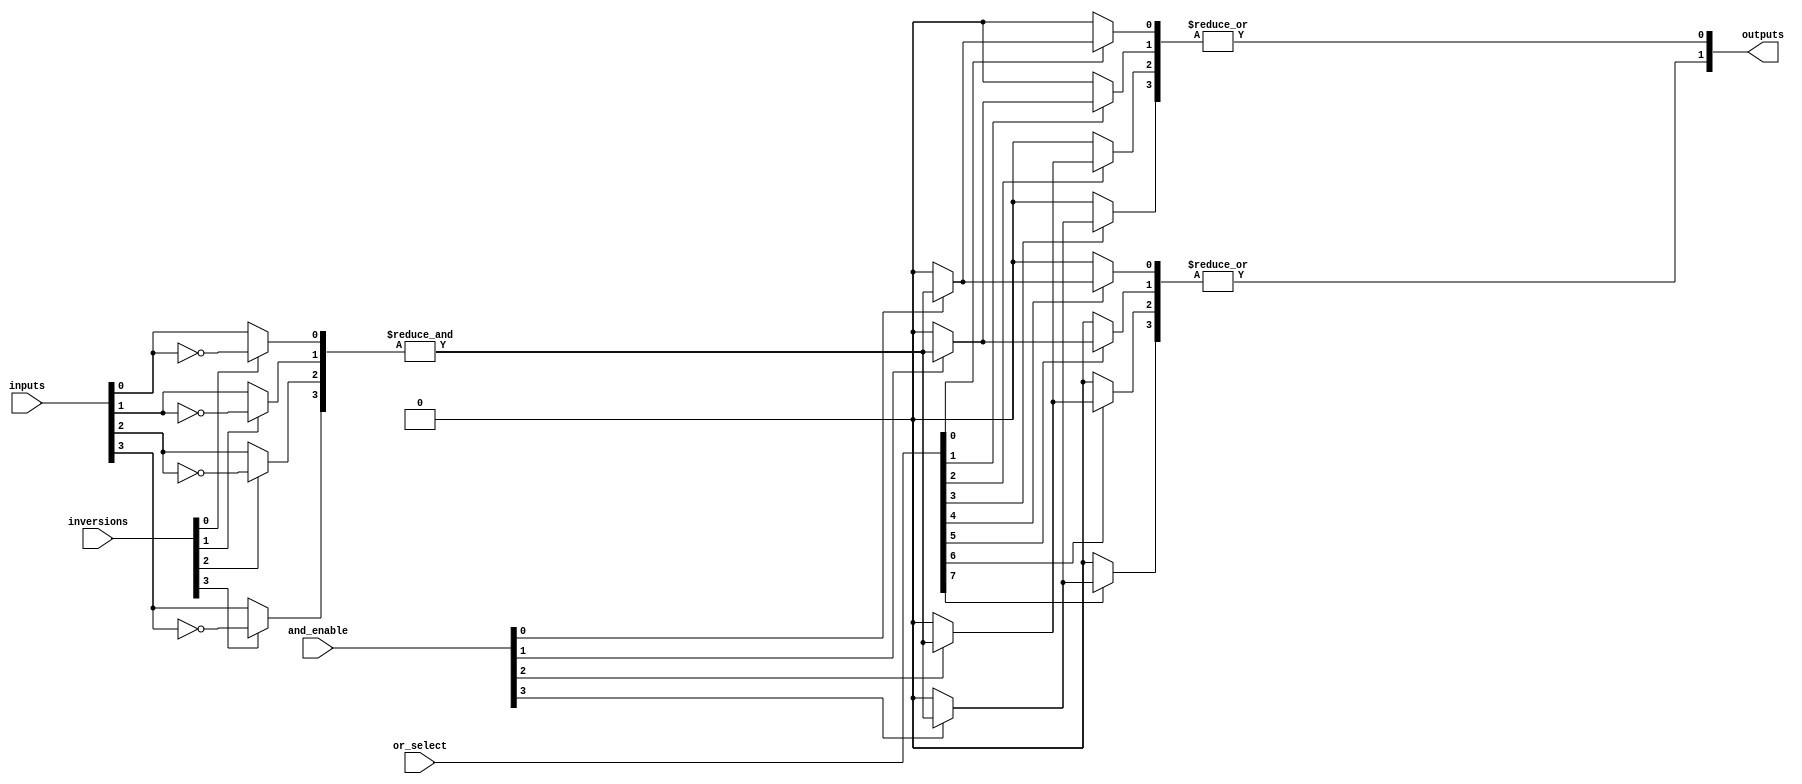
module SPAL #(parameter N = 4, // Number of Inputs
              parameter M = 2, // Number of Outputs
              parameter P = 4) // Number of Programmable AND terms
(
    input  wire [N-1:0] inputs,   // Input signals
    input  wire [N-1:0] inversions, // Inversion control for inputs (0: direct, 1: inverted)
    input  wire [P-1:0] and_enable, // Control signals to enable each AND gate
    input  wire [M*P-1:0] or_select, // Select signals for the OR gates
    output wire [M-1:0] outputs // Output signals
);

// Internal signals
wire [P-1:0] and_out;   // Output of the AND gates

// Programmable AND array
genvar i;
generate
    for (i = 0; i < P; i = i + 1) begin : and_array
        wire [N-1:0] and_inputs;

        // Invert inputs based on configuration
        genvar j;
        generate
            for (j = 0; j < N; j = j + 1) begin : input_inversion
                assign and_inputs[j] = inversions[j] ? ~inputs[j] : inputs[j];
            end
        endgenerate
        
        // AND gate implementation
        assign and_out[i] = and_enable[i] ? &and_inputs : 1'b0; // Use logical AND if enabled, else 0
    end
endgenerate

// Programmable OR array
genvar k;
generate
    for (k = 0; k < M; k = k + 1) begin : or_array
        wire [P-1:0] or_inputs;
        
        // Connect the AND outputs to the OR inputs based on the selection
        genvar l;
        generate
            for (l = 0; l < P; l = l + 1) begin : or_select_logic
                assign or_inputs[l] = or_select[k * P + l] ? and_out[l] : 1'b0; // Select AND terms for OR
            end
        endgenerate
        
        // OR gate implementation
        assign outputs[k] = |or_inputs; // Use logical OR to combine selected inputs
    end
endgenerate

endmodule